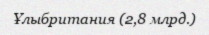
Ұлыбритания (2,8 млрд.)